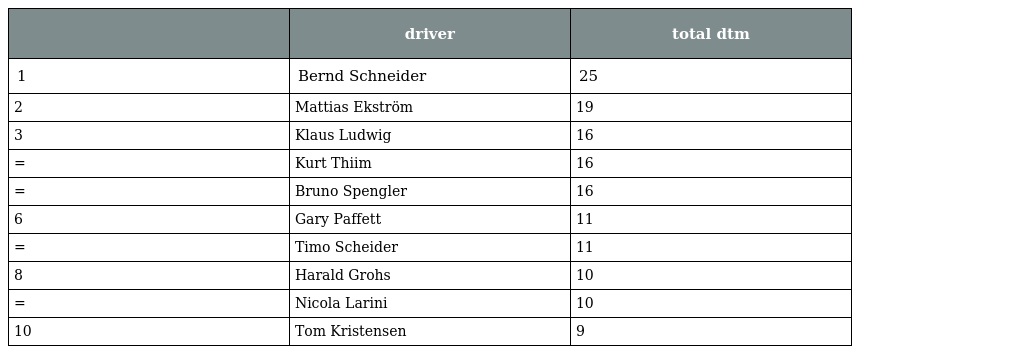
|  | driver | total dtm |
 | --- | --- | --- |
 | 1 | Bernd Schneider | 25 |
 | 2 | Mattias Ekström | 19 |
 | 3 | Klaus Ludwig | 16 |
 | = | Kurt Thiim | 16 |
 | = | Bruno Spengler | 16 |
 | 6 | Gary Paffett | 11 |
 | = | Timo Scheider | 11 |
 | 8 | Harald Grohs | 10 |
 | = | Nicola Larini | 10 |
 | 10 | Tom Kristensen | 9 |